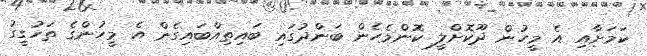
ކަމަށާއި އެ މީހުން ދޫކޮށްލީ ކޮންމެހެން ބަންދުގައި ބައިތިއްބައިގެން އެ މީހުންގެ ތަހުގީގު